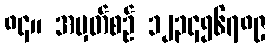
၈၄။ အမှတ်စဉ် ၁၂၃၄၅၆၇၈၉